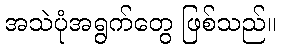
အသဲပုံအရွက်တွေ ဖြစ်သည်။